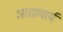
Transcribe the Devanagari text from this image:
आद्याचार्य